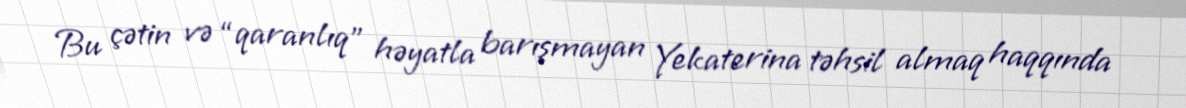
Bu çətin və “qaranlıq” həyatla barışmayan Yekaterina təhsil almaq haqqında